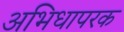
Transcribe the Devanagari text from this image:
अभिधापरक